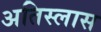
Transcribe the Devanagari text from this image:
अतिस्लास